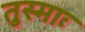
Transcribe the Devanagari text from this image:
तुस्माः